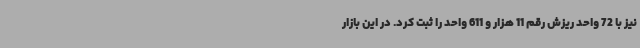
نیز با 72 واحد ریزش رقم 11 هزار و 611 واحد را ثبت کرد. در این بازار